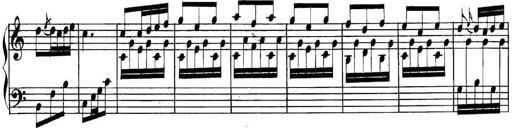
Title: Collected Piano Sonatas
Composer: Muzio Clementi